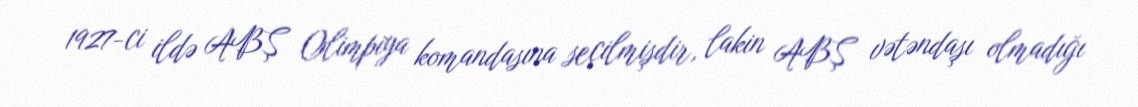
1927-ci ildə ABŞ Olimpiya komandasına seçilmişdir, lakin ABŞ vətəndaşı olmadığı